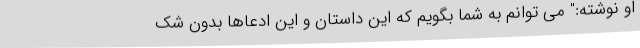
او نوشته:" می توانم به شما بگویم که این داستان و این ادعاها بدون شک